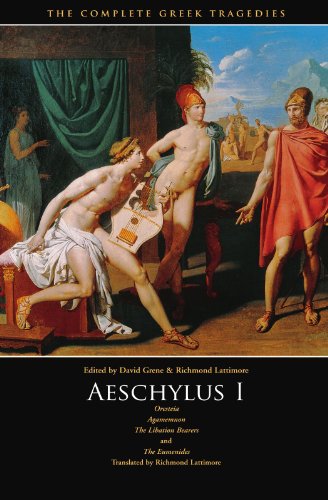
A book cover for Aeschylus I: Oresteia: Agamemnon, The Libation Bearers, The Eumenides (The Complete Greek Tragedies) (Vol 1); Aeschylus; Literature & Fiction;